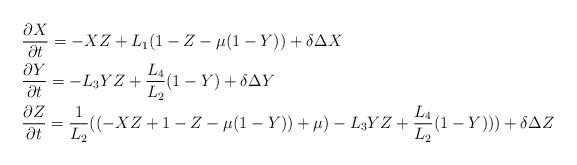
LaTeX: \begin{align*} & \frac{\partial X}{\partial t}=-XZ+L_{1}(1-Z-\mu(1-Y))+\delta\Delta X\\ & \frac{\partial Y}{\partial t}=-L_{3}YZ+\frac{L_{4}}{L_{2}}(1-Y)+\delta\Delta Y\\ & \frac{\partial Z}{\partial t}=\frac{1}{L_{2}}((-XZ+1-Z-\mu(1-Y))+\mu)-L_{3}YZ+\frac{L_{4}}{L_{2}}(1-Y)))+\delta\Delta Z\end{align*}